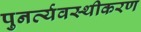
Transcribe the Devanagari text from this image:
पुनर्व्यवस्थीकरण